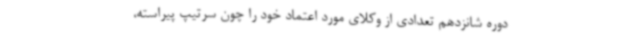
دوره شانزدهم تعدادی از وکلای مورد اعتماد خود را چون سرتیپ پیراسته،